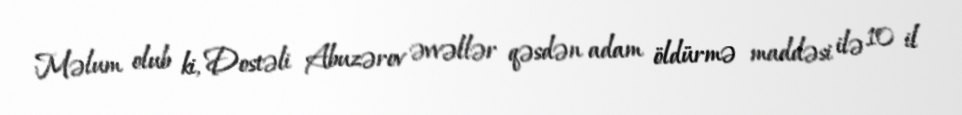
Məlum olub ki, Dostəli Abuzərov əvvəllər qəsdən adam öldürmə maddəsi ilə 10 il